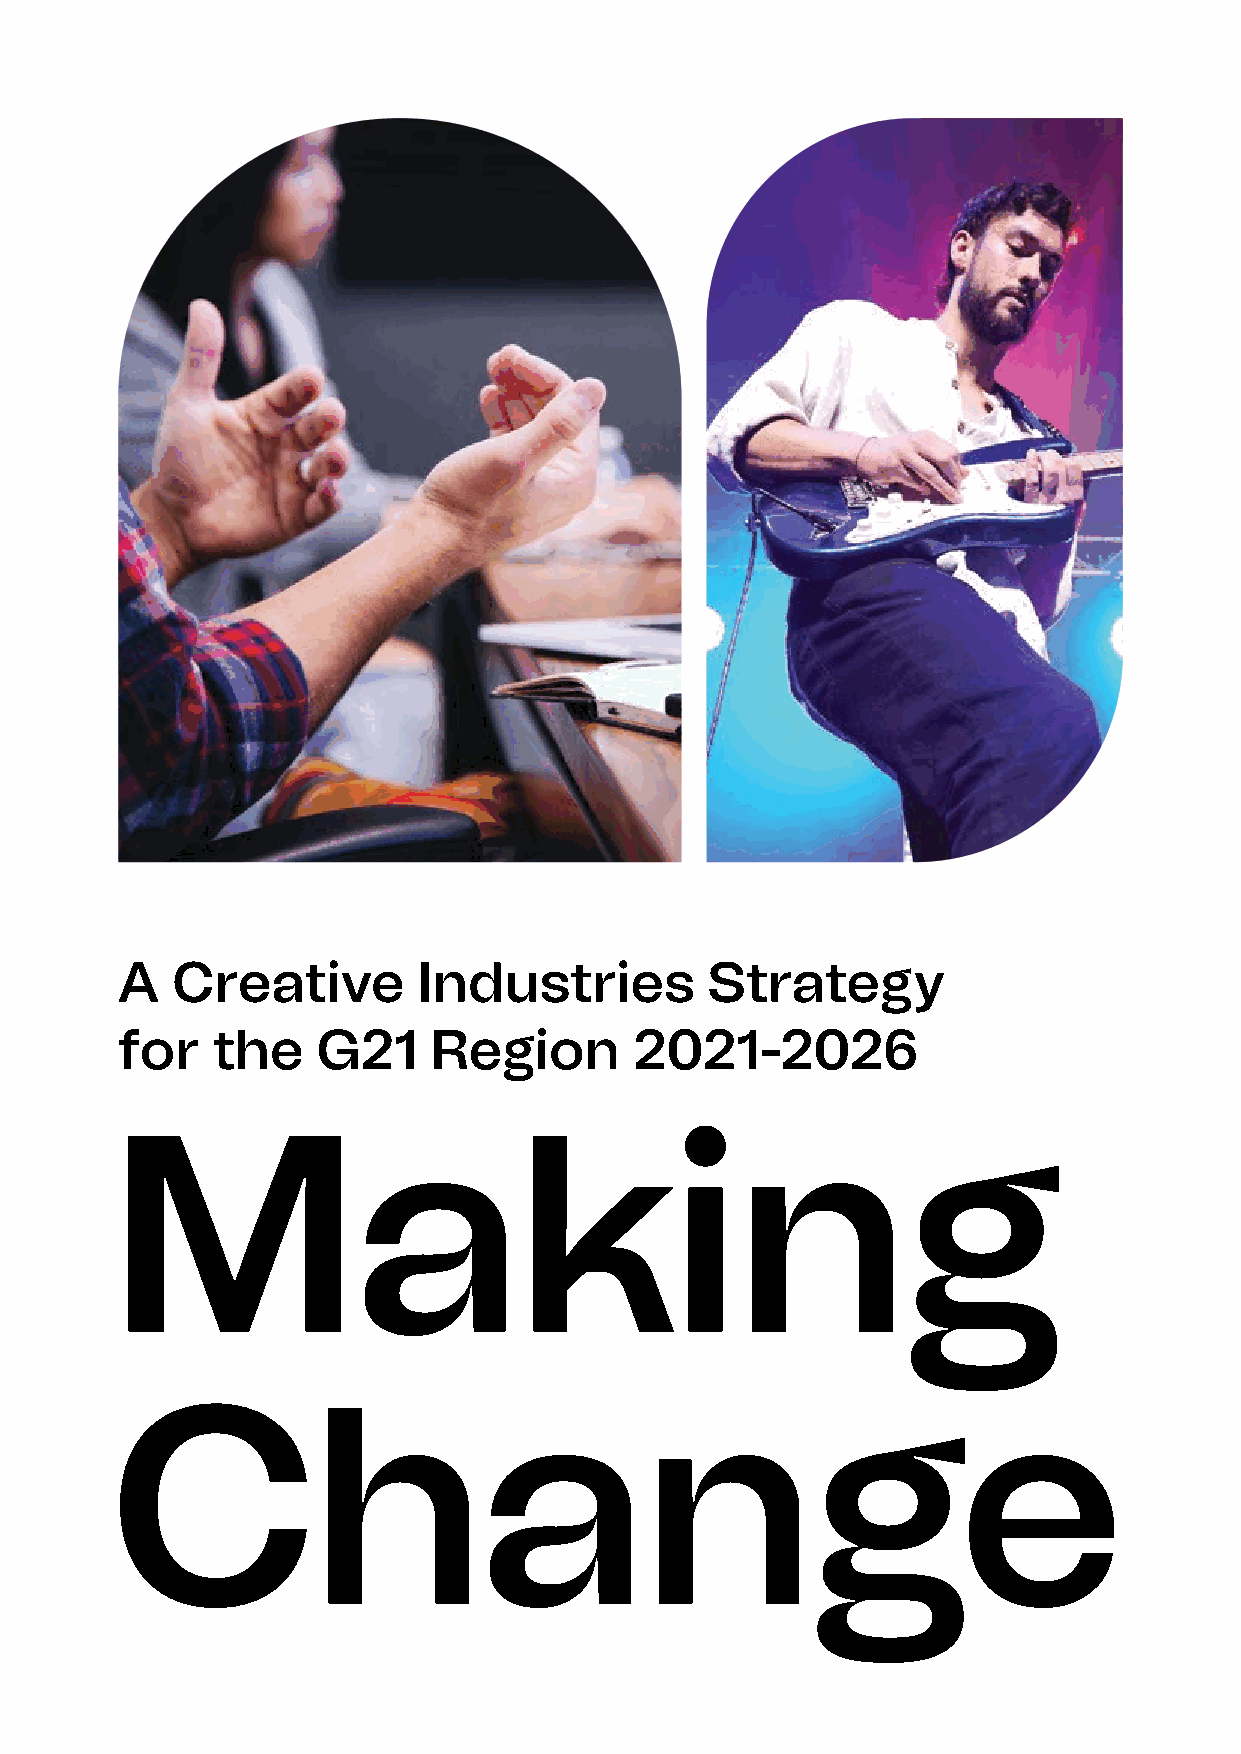
A  Creative         Industries         Strategy
 for   the    G21     Region       2021-2026
 Making
 Change